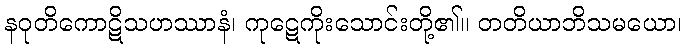
နဝုတိကောဋိသဟဿာနံ၊ ကုဋေကိုးသောင်းတို့၏။ တတိယာဘိသမယော၊